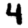
Digit: 4